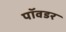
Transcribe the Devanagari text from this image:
पॉवडर